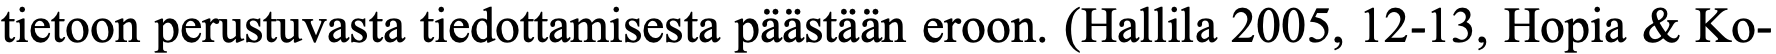
tietoon perustuvasta tiedottamisesta päästään eroon. (Hallila 2005, 12-13, Hopia & Ko-